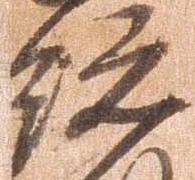
総